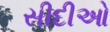
સીદીઓ